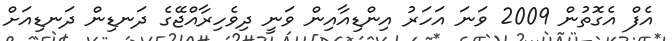
އެފް އެގޮތުން 2009 ވަނަ އަހަރު އިންޑިއާއިން ވަނީ ދިވެހިރާއްޖޭގެ ދަނޑިން ދަނޑިއަށް